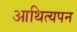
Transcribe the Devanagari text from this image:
आथित्यपन